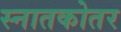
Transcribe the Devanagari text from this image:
स्‍नातकोतर